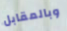
وبالمقابل